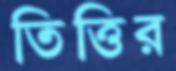
তিত্তির